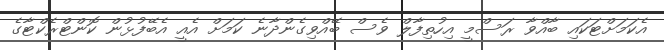
އެކަމަށްޓަކައި ބާއްވާ ރަސްމީ އިހުތިފާލް ވެސް ބޭއްވިގެންދާނެ ކަމަށް އެއީ އެބޭފުޅުން ކޮންޓްރެކްޓާގެ